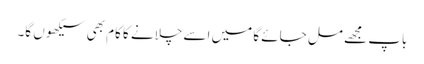
باپ مجھے مل جائے گا میں اسے چلانے کا کام بھی سیکھوں گا۔